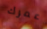
عمرك